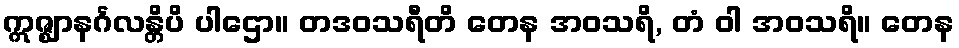
ဣဇ္ဈာနင်္ဂလန္တိပိ ပါဌော။ တဒဝသရီတိ တေန အဝသရိ, တံ ဝါ အဝသရိ။ တေန